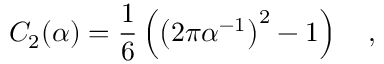
C _ { 2 } ( \alpha ) = \frac 1 6 \left( \left( 2 \pi \alpha ^ { - 1 } \right) ^ { 2 } - 1 \right) ~ ~ ~ ,